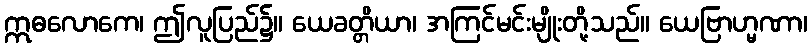
ဣဓလောကေ၊ ဤလူပြည်၌။ ယေခတ္တိယာ၊ အကြင်မင်းမျိုးတို့သည်။ ယေဗြာဟ္မဏာ၊